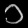
Digit: ၁